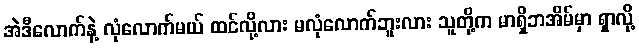
အဲဒီလောက်နဲ့ လုံလောက်မယ် ထင်လို့လား မလုံလောက်ဘူးလား သူတို့က မာရှိဘအိမ်မှာ ရှာလို့